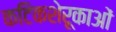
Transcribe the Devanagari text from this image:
कटिकशेरूकाओं